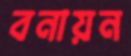
বনায়ন